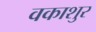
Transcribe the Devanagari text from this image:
वकाशुर